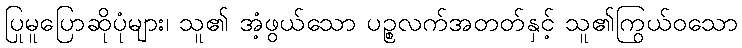
ပြုမူပြောဆိုပုံများ၊ သူ၏ အံ့ဖွယ်သော ပဉ္စလက်အတတ်နှင့် သူ၏ကြွယ်ဝသော